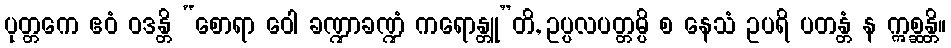
ပုတ္တကေ ဧဝံ ဝဒန္တိ “စောရာ ဝေါ ခဏ္ဍာခဏ္ဍံ ကရောန္တူ”တိ, ဥပ္ပလပတ္တမ္ပိ စ နေသံ ဥပရိ ပတန္တံ န ဣစ္ဆန္တိ။